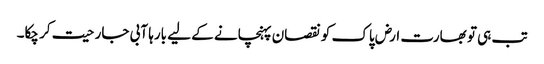
تب ہی تو بھارت ارض پاک کو نقصان پہنچانے کے لیے بارہا آبی جارحیت کر چکا۔